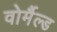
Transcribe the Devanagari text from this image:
वोर्मैल्ड